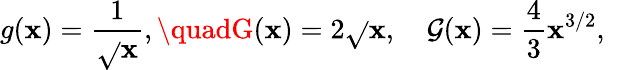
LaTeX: g(\mathbf{x})=\frac{{1}}{{\sqrt{}{{\mathbf{x}}}}},\quadG(\mathbf{x})=2\sqrt{}{{\mathbf{x}}},\quad\mathcal{{G}}(\mathbf{x})=\frac{{4}}{{3}}\mathbf{x}^{3/2},\quad